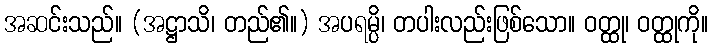
အဆင်းသည်။ (အဋ္ဌာသိ၊ တည်၏။) အပရမ္ပိ၊ တပါးလည်းဖြစ်သော။ ဝတ္ထု၊ ဝတ္ထုကို။